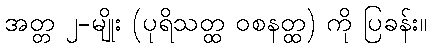
အတ္တ ၂-မျိုး (ပုရိသတ္ထ ဝစနတ္ထ) ကို ပြခန်း။